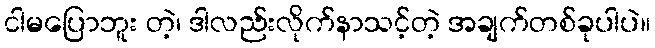
ငါမပြောဘူး တဲ့၊ ဒါလည်းလိုက်နာသင့်တဲ့ အချက်တစ်ခုပါပဲ။